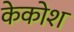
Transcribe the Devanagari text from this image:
केकोश